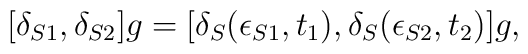
[\delta_{S1}, \delta_{S2}] g = [\delta_S (\epsilon_{S1}, t_1), \delta_S(\epsilon_{S2}, t_2)]g,